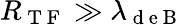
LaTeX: R_{\mathrm{~T~F~}}\gg\lambda_{\mathrm{~d~e~B~}}